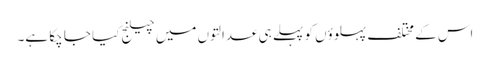
اس کے مختلف پہلوؤں کو پہلے ہی عدالتوں میں چیلنج کیا جا چکا ہے۔